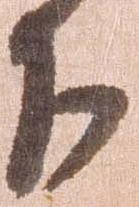
下